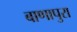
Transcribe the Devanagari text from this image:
बाणापुरा